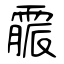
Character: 霢